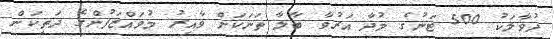
ދުވާލަކު 500 ޓަނުގެ މުދާ އަރުވާ ބާލާ ތަނަކަށް ވާއިރު މުވައްޒަފުންގެ ދަތިކަން